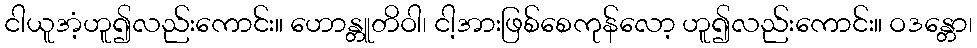
ငါယူအံ့ဟူ၍လည်းကောင်း။ ဟောန္တူတိဝါ၊ ငါ့အားဖြစ်စေကုန်လော့ ဟူ၍လည်းကောင်း။ ဝဒန္တော၊